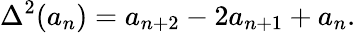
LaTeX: \Delta^{2}(a_{n})=a_{n+2}-2a_{n+1}+a_{n}.